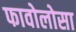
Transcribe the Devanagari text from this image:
फावोलोसा